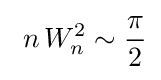
\ n\,W_{n}^{2}\sim {\frac {\pi }{2}}